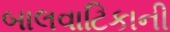
બાલવાટિકાની